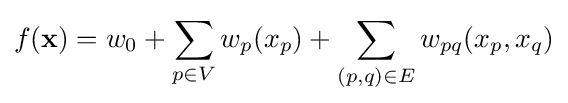
f(\mathbf {x} )=w_{0}+\sum _{p\in V}w_{p}(x_{p})+\sum _{(p,q)\in E}w_{pq}(x_{p},x_{q})